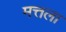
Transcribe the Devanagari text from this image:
मत्तला